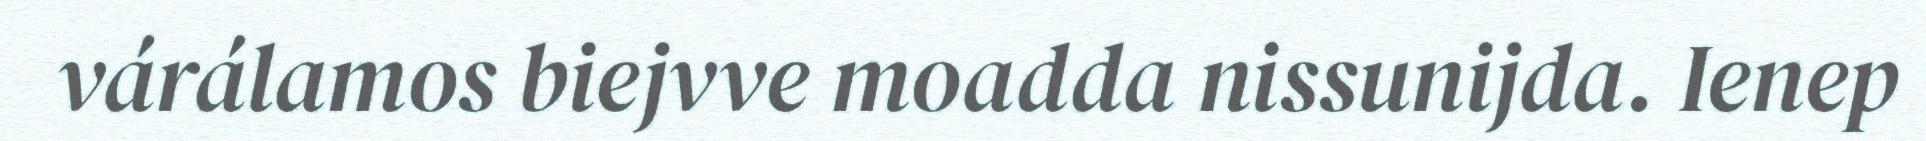
várálamos biejvve moadda nissunijda. Ienep